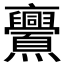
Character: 𠆠